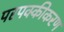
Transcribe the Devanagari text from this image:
परपक्कीकरण